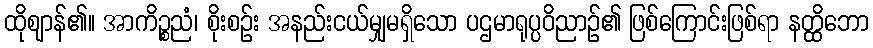
ထိုဈာန်၏။ အာကိဉ္စညံ၊ စိုးစဉ်း အနည်းငယ်မျှမရှိသော ပဌမာရုပ္ပဝိညာဉ်၏ ဖြစ်ကြောင်းဖြစ်ရာ နတ္ထိဘော